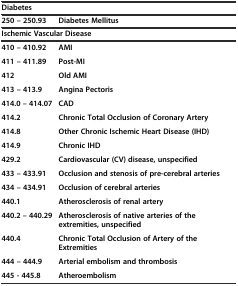
<table><thead><tr><td colspan="2"><b>Diabetes</b></td></tr></thead><tbody><tr><td><b>250 – 250.93</b></td><td><b>Diabetes Mellitus</b></td></tr><tr><td colspan="2"><b>Ischemic Vascular Disease</b></td></tr><tr><td><b>410 – 410.92</b></td><td><b>AMI</b></td></tr><tr><td><b>411 – 411.89</b></td><td><b>Post-MI</b></td></tr><tr><td><b>412</b></td><td><b>Old AMI</b></td></tr><tr><td><b>413 – 413.9</b></td><td><b>Angina Pectoris</b></td></tr><tr><td><b>414.0 – 414.07</b></td><td><b>CAD</b></td></tr><tr><td><b>414.2</b></td><td><b>Chronic Total Occlusion of Coronary Artery</b></td></tr><tr><td><b>414.8</b></td><td><b>Other Chronic Ischemic Heart Disease (IHD)</b></td></tr><tr><td><b>414.9</b></td><td><b>Chronic IHD</b></td></tr><tr><td><b>429.2</b></td><td><b>Cardiovascular (CV) disease, unspecified</b></td></tr><tr><td><b>433 – 433.91</b></td><td><b>Occlusion and stenosis of pre-cerebral arteries</b></td></tr><tr><td><b>434 – 434.91</b></td><td><b>Occlusion of cerebral arteries</b></td></tr><tr><td><b>440.1</b></td><td><b>Atherosclerosis of renal artery</b></td></tr><tr><td><b>440.2 – 440.29</b></td><td><b>Atherosclerosis of native arteries of the extremities, unspecified</b></td></tr><tr><td><b>440.4</b></td><td><b>Chronic Total Occlusion of Artery of the Extremities</b></td></tr><tr><td><b>444 – 444.9</b></td><td><b>Arterial embolism and thrombosis</b></td></tr><tr><td><b>445 - 445.8</b></td><td><b>Atheroembolism</b></td></tr></tbody></table>